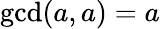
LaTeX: \operatorname*{gcd}(a,a)=a